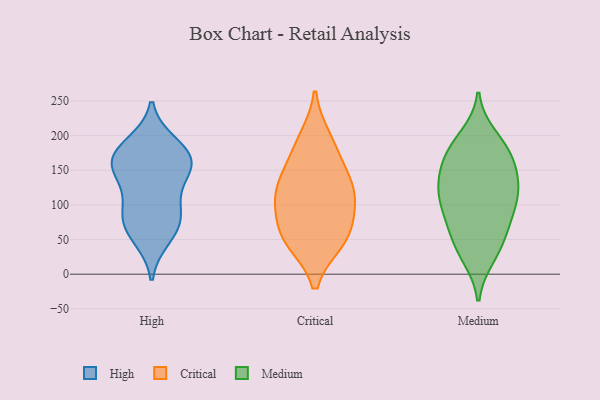
{"axis": {"x": "Page Views", "y": "Value"}, "legend": ["Critical", "High", "Medium"], "data": [{"x": "", "y": 67, "type": "High"}, {"x": "", "y": 187, "type": "High"}, {"x": "", "y": 76, "type": "High"}, {"x": "", "y": 171, "type": "High"}, {"x": "", "y": 145, "type": "High"}, {"x": "", "y": 151, "type": "High"}, {"x": "", "y": 171, "type": "High"}, {"x": "", "y": 96, "type": "High"}, {"x": "", "y": 53, "type": "High"}, {"x": "", "y": 146, "type": "High"}, {"x": "", "y": 173, "type": "High"}, {"x": "", "y": 93, "type": "High"}, {"x": "", "y": 48, "type": "Critical"}, {"x": "", "y": 135, "type": "Critical"}, {"x": "", "y": 50, "type": "Critical"}, {"x": "", "y": 111, "type": "Critical"}, {"x": "", "y": 175, "type": "Critical"}, {"x": "", "y": 130, "type": "Critical"}, {"x": "", "y": 55, "type": "Critical"}, {"x": "", "y": 195, "type": "Critical"}, {"x": "", "y": 111, "type": "Critical"}, {"x": "", "y": 83, "type": "Critical"}, {"x": "", "y": 103, "type": "Medium"}, {"x": "", "y": 29, "type": "Medium"}, {"x": "", "y": 25, "type": "Medium"}, {"x": "", "y": 91, "type": "Medium"}, {"x": "", "y": 128, "type": "Medium"}, {"x": "", "y": 170, "type": "Medium"}, {"x": "", "y": 48, "type": "Medium"}, {"x": "", "y": 90, "type": "Medium"}, {"x": "", "y": 199, "type": "Medium"}, {"x": "", "y": 166, "type": "Medium"}, {"x": "", "y": 148, "type": "Medium"}, {"x": "", "y": 188, "type": "Medium"}, {"x": "", "y": 147, "type": "Medium"}, {"x": "", "y": 122, "type": "Medium"}, {"x": "", "y": 124, "type": "Medium"}, {"x": "", "y": 180, "type": "Medium"}, {"x": "", "y": 111, "type": "Medium"}, {"x": "", "y": 66, "type": "Medium"}, {"x": "", "y": 60, "type": "Medium"}]}